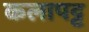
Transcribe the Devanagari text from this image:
कलापट्ट